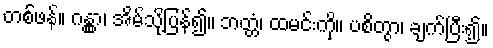
တစ်ဖန်။ ဂန္တွာ၊ အိမ်သို့ပြန်၍။ ဘတ္တံ၊ ထမင်းကို။ ပစိတွာ၊ ချက်ပြီး၍။